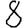
Digit: 8